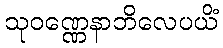
သုဝဏ္ဏေနာဘိလေပယိံ